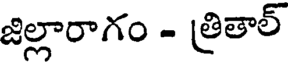
జిల్లారాగం - త్రితాల్